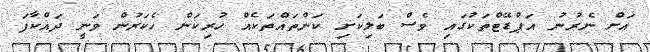
އަށް ނެރުނު އަޕްޑޭޓްތަކުގައި ވެސް ބަލިކަށި ކަންތައްތަކެއް ހުރިކަން ހެކަރުން ވަނީ ދައްކާފަ